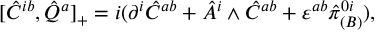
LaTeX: [ \hat { C } ^ { i b } , \hat { Q } ^ { a } ] _ { + } = i ( \partial ^ { i } \hat { C } ^ { a b } + \hat { A } ^ { i } \wedge \hat { C } ^ { a b } + \varepsilon ^ { a b } \hat { \pi } _ { ( B ) } ^ { 0 i } ) ,